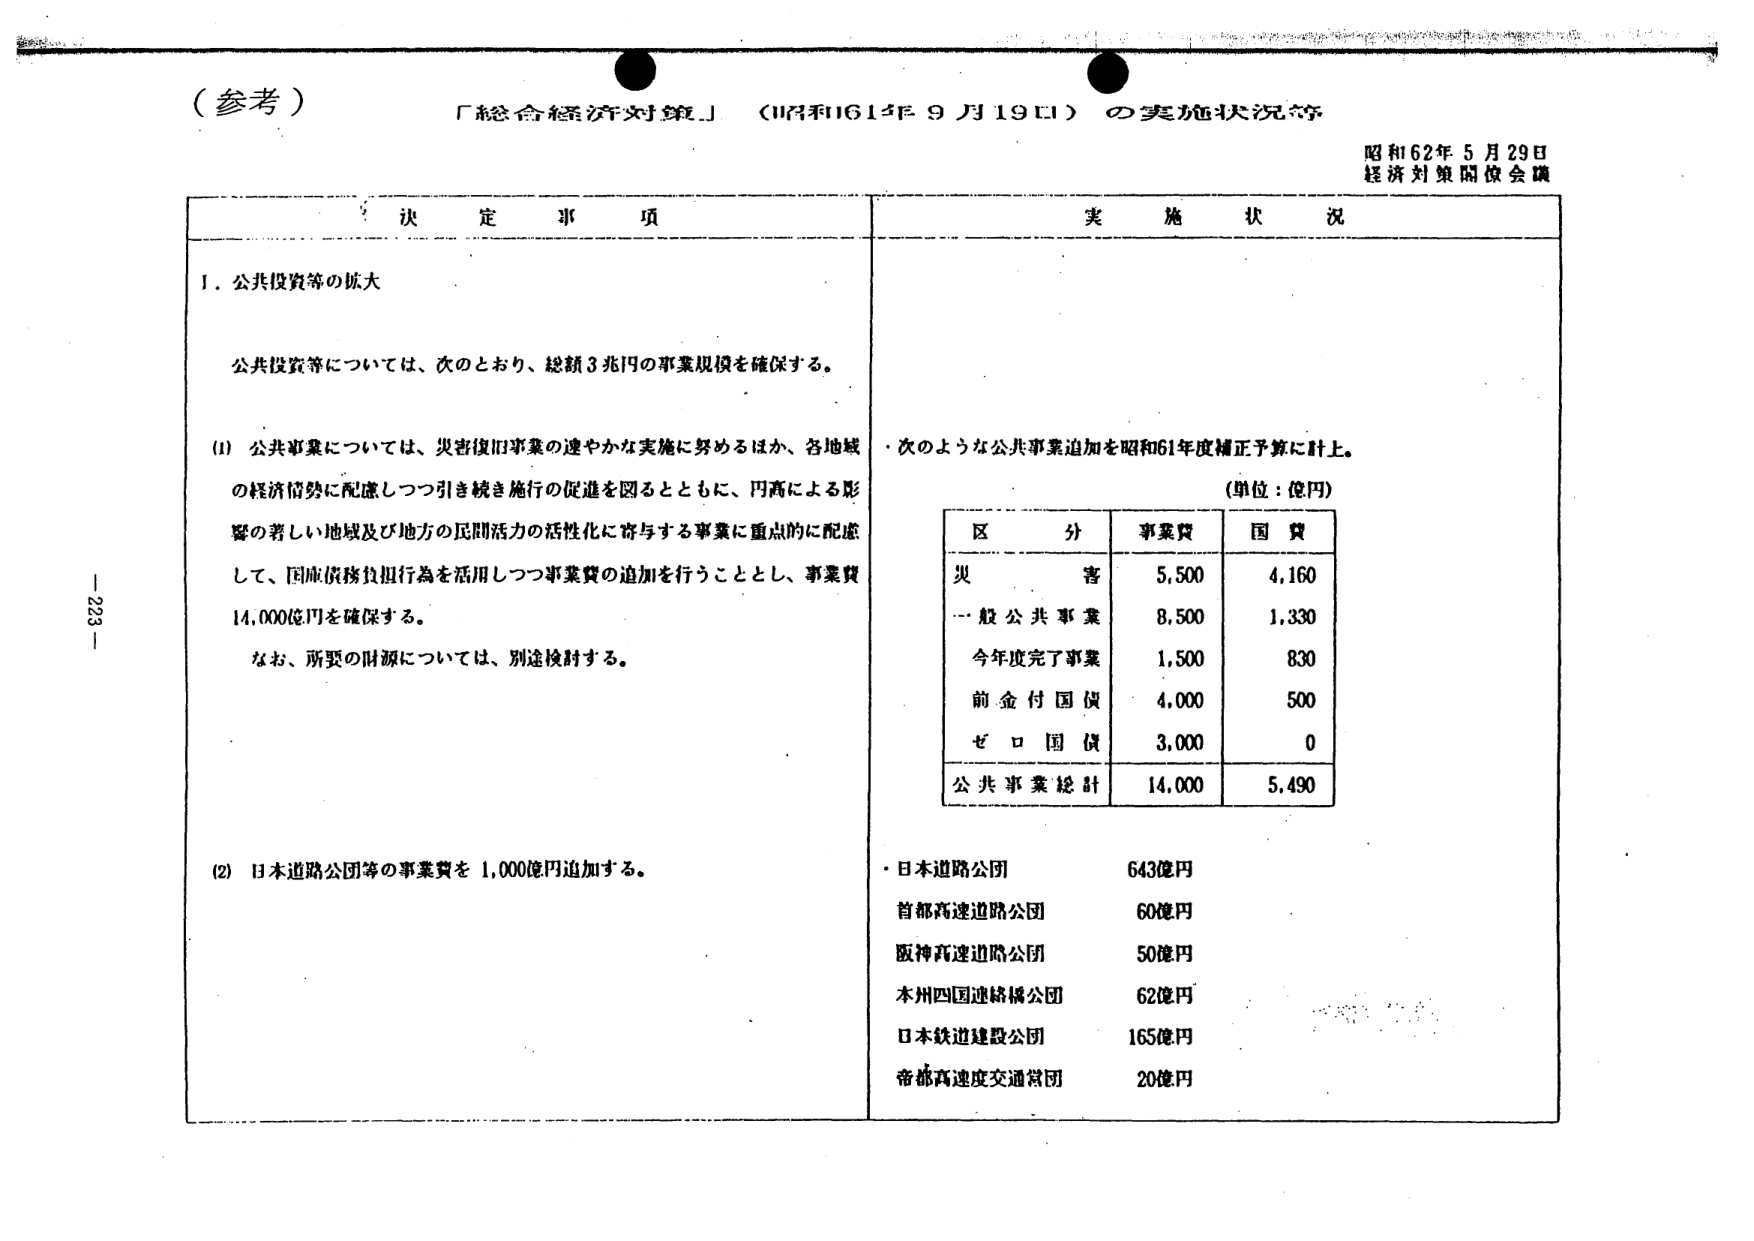
（参考）
「総合経済対策」（昭和61年9月19日）の実施状況等

昭和62年5月29日
経済対策閣僚会議

決 定 事 項

1．公共投資等の拡大

公共投資等については、次のとおり、総額3兆円の事業規模を確保する。

(1) 公共事業については、災害復旧事業の速やかな実施に努めるほか、各地域の経済情勢に配慮しつつ引き続き施行の促進を図るとともに、円高による影響の著しい地域及び地方の民間活力の活性化に寄与する事業に重点的に配慮して、国庫債務負担行為を活用しつつ事業費の追加を行うこととし、事業費14,000億円を確保する。
なお、所要の財源については、別途検討する。

(2) 日本道路公団等の事業費を1,000億円追加する。

実 施 状 況

・次のような公共事業追加を昭和61年度補正予算に計上。
（単位：億円）

| 区 分 | 事業費 | 国 費 |
|--------|--------|--------|
| 災 害 | 5,500 | 4,160 |
| 一般公共事業 | 8,500 | 1,330 |
| 今年度完了事業 | 1,500 | 830 |
| 前金付国債 | 4,000 | 500 |
| ゼロ国債 | 3,000 | 0 |
| 公共事業総計 | 14,000 | 5,490 |

・日本道路公団 643億円
首都高速道路公団 60億円
阪神高速道路公団 50億円
本州四国連絡橋公団 62億円
日本鉄道建設公団 165億円
帝都高速度交通営団 20億円

- 223 -